Black-water fever - Number 35
Disease focus: Fever
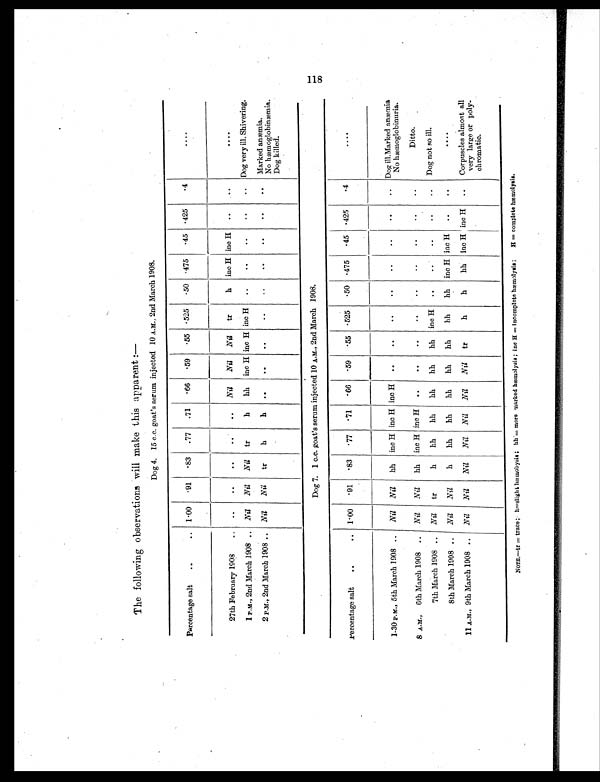
—
Dog 4. 15 c.c. goat's serum injected 10 A.M., 2nd March 1908.
Percentage salt
..
..
1.00
.91
.83
.77
.71
.66
.59
.55
.525
. 5 0
475
. 45
.425
.4
....
27th February 1908
..
..
..
..
..
..
Nil
Nil
Nil
tr
h
inc H inc H
..
..
....
1 P.M., 2nd March 1908 .. Nil
Nil
Nil
tr
h
hh inc H inc H inc H
..
..
..
..
..
Dog very ill. Shivering.
2 P.M., 2nd March 1908 ..
Nil
Nil
tr
h
h
. .
. .
. .
..
..
..
..
..
..
Marked anæmia.
No hæmoglobinæmia.
Dog killed.
Dog 7. 1 c.c. goat's serum injected 10 A.M., 2nd March 1908.
Percentage salt
..
..
1.00
.91
.83
.77
.71
.66
.59
.55 .525
. 5 0 .475
. 4 5 .425
.4
. . . .
1-30 P.M., 5th March 1908 ..
Nil
Nil
hh
inc H inc H inc H
..
..
..
..
..
..
..
..
Dog ill.Marked anæmia
m N o h æ m o g l o b i n u r i a .
8 A.M., 6th March 1908 ..
Nil
Nil
hh
inc H inc H
..
..
..
..
..
..
..
..
..
Ditto.
7th March 1908 ..
Nil
tr
h
hh
hh
hh
hh
hh
inc H
..
..
..
..
..
Dog not so ill.
8th March 1908 ..
Nil
Nil
h
hh
hh
hh
hh
hh
hh
hh
inc H inc H
..
..
....
11 A.M., 9th March 1908 ..
Nil
Nil
Nil
Nil
Nil
Nil
Nil
tr
h
h
hh
inc H inc H
..
Corpuscles almost all
very large or poly-
chromatic.
NOTE.—tr = trace; h=slight hæmobysis ; hh = more marked hæmolysis ; inc H = Incomplete hæmolysis; H = complete hæmolysis.
118